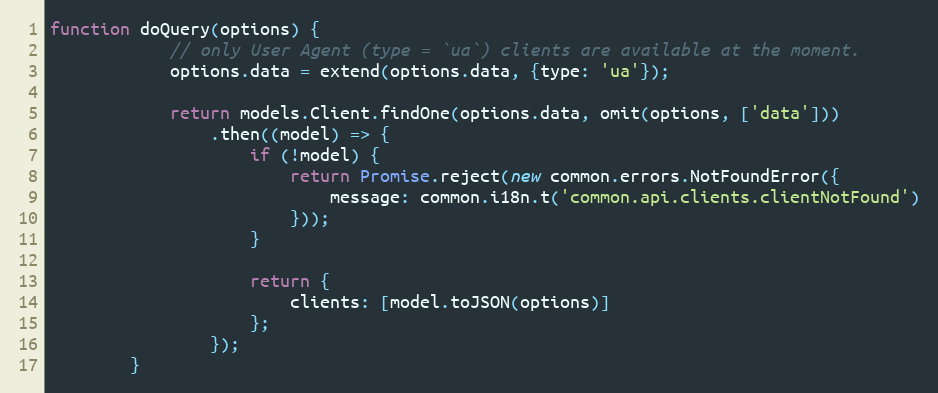
Language: JavaScript
function doQuery(options) {
            // only User Agent (type = `ua`) clients are available at the moment.
            options.data = extend(options.data, {type: 'ua'});

            return models.Client.findOne(options.data, omit(options, ['data']))
                .then((model) => {
                    if (!model) {
                        return Promise.reject(new common.errors.NotFoundError({
                            message: common.i18n.t('common.api.clients.clientNotFound')
                        }));
                    }

                    return {
                        clients: [model.toJSON(options)]
                    };
                });
        }